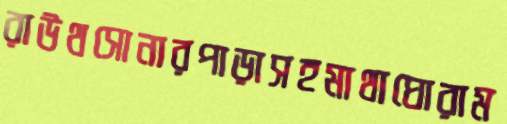
রাউথসোনারপাড়াসহমাথাঘোরাম